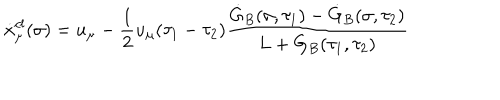
LaTeX: \dot { x } _ { \mu } ^ { c l } ( \sigma ) = u _ { \mu } - { \frac { 1 } { 2 } } u _ { \mu } ( \tau _ { 1 } - \tau _ { 2 } ) \frac { \dot { G } _ { B } ( \sigma , \tau _ { 1 } ) - \dot { G } _ { B } ( \sigma , \tau _ { 2 } ) } { L + G _ { B } ( \tau _ { 1 } , \tau _ { 2 } ) }